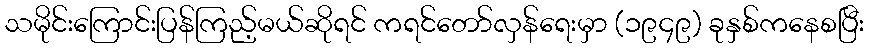
သမိုင်းကြောင်းပြန်ကြည့်မယ်ဆိုရင် ကရင်တော်လှန်ရေးမှာ (၁၉၄၉) ခုနှစ်ကနေစပြီး